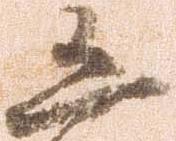
凶